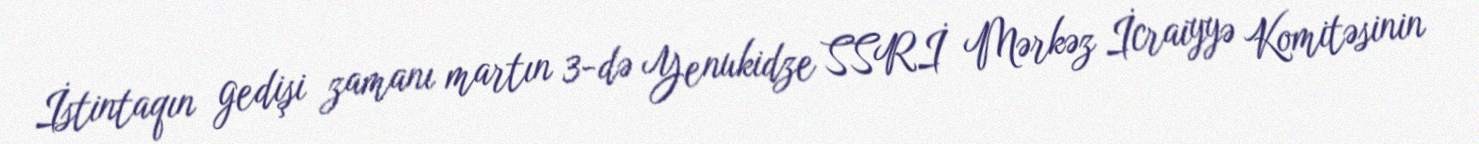
İstintaqın gedişi zamanı martın 3-də Yenukidze SSRİ Mərkəz İcraiyyə Komitəsinin